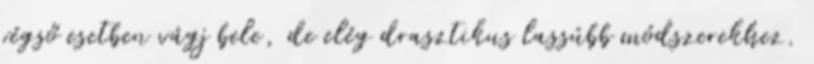
végső esetben vágj bele, de elég drasztikus lassúbb módszerekhez.